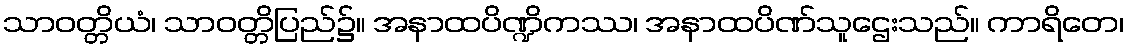
သာဝတ္တိယံ၊ သာဝတ္တိပြည်၌။ အနာထပိဏ္ဍိကဿ၊ အနာထပိဏ်သူဌေးသည်။ ကာရိတေ၊